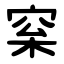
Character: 梥